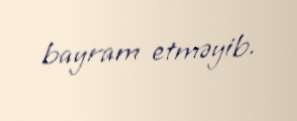
bayram etməyib.